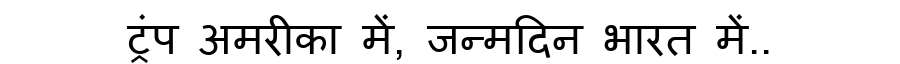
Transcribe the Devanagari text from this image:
ट्रंप अमरीका में, जन्मदिन भारत में..